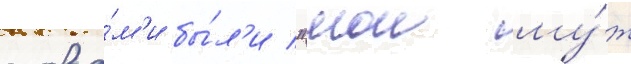
слова́м'и бы́л'и "мои му́ж